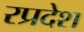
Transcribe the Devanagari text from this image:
रप्रदेश